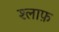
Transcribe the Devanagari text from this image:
श्लाफ़